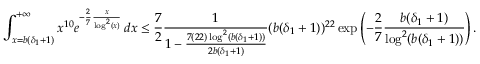
\int _ { x = b ( \delta _ { 1 } + 1 ) } ^ { + \infty } x ^ { 1 0 } e ^ { - \frac { 2 } { 7 } \frac { x } { \log ^ { 2 } ( x ) } } \, d x \leq \frac { 7 } { 2 } \frac { 1 } { 1 - \frac { 7 ( 2 2 ) \log ^ { 2 } ( b ( \delta _ { 1 } + 1 ) ) } { 2 b ( \delta _ { 1 } + 1 ) } } ( b ( \delta _ { 1 } + 1 ) ) ^ { 2 2 } \exp \left( - \frac { 2 } { 7 } \frac { b ( \delta _ { 1 } + 1 ) } { \log ^ { 2 } ( b ( \delta _ { 1 } + 1 ) ) } \right) .